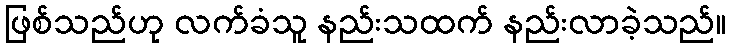
ဖြစ်သည်ဟု လက်ခံသူ နည်းသထက် နည်းလာခဲ့သည်။